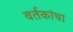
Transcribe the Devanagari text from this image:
वर्तकांचा